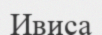
Ивиса